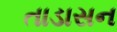
તાડાસન